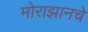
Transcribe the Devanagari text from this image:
मोराझानचे